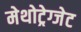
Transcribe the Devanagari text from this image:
मेथोट्रेग्जेट